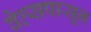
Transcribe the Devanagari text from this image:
वेल्सपासून